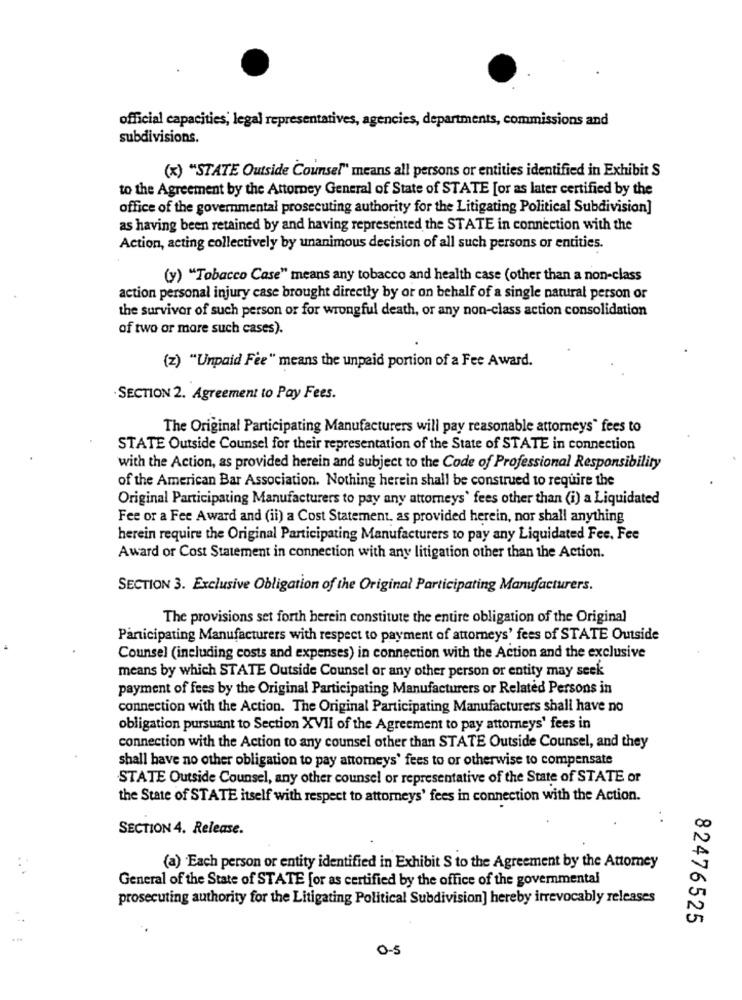
official capacities, legal representatives, agencies, departments, commissions and
subdivisions.
(x) "STATE Outside Counsel" means all persons or entities identified in Exhibit S
to the Agreement by the Attorney General of State of STATE [or as later certified by the
office of the governmental prosecuting authority for the Litigating Political Subdivision]
as having been retained by and having represented the STATE in connection with the
Action, acting collectively by unanimous decision of all such persons or entities.
(y) "Tobacco Case" means any tobacco and health case (other than a non-class
action personal injury case brought directly by or on behalf of a single natural person or
the survivor of such person or for wrongful death, or any non-class action consolidation
of two or more such cases).
(z) "Unpaid Fee" means the unpaid portion of a Fee Award.
· SECTION 2. Agreement to Pay Fees.
The Original Participating Manufacturers will pay reasonable attorneys" fees to
STATE Outside Counsel for their representation of the State of STATE in connection
with the Action, as provided herein and subject to the Code of Professional Responsibility
of the American Bar Association. Nothing herein shall be construed to require the
Original Participating Manufacturers to pay any attorneys' fees other than (i) a Liquidated
Fee or a Fee Award and (ii) a Cost Statement. as provided herein, nor shall anything
herein require the Original Participating Manufacturers to pay any Liquidated Fee. Fee
Award or Cost Statement in connection with any litigation other than the Action.
SECTION 3. Exclusive Obligation of the Original Participating Manufacturers.
The provisions set forth herein constitute the entire obligation of the Original
Participating Manufacturers with respect to payment of attorneys' fees of STATE Outside
Counsel (including costs and expenses) in connection with the Action and the exclusive
means by which STATE Outside Counsel or any other person or entity may seek
payment of fees by the Original Participating Manufacturers or Related Persons in
connection with the Action. The Original Participating Manufacturers shall have no
obligation pursuant to Section XVII of the Agreement to pay attorneys' fees in
connection with the Action to any counsel other than STATE Outside Counsel, and they
shall have no other obligation to pay attorneys' fees to or otherwise to compensate
STATE Outside Counsel, any other counsel or representative of the State of STATE or
the State of STATE itself with respect to attorneys' fees in connection with the Action.
SECTION 4. Release.
(a) Each person or entity identified in Exhibit S to the Agreement by the Attorney
General of the State of STATE for as certified by the office of the governmental
prosecuting authority for the Litigating Political Subdivision] hereby irrevocably releases
82476525
0-5